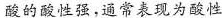
酸的酸性强，通常表现为酸性